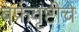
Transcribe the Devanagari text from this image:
बर्फवृष्टीचे